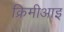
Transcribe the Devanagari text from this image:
क्रिमीआइ